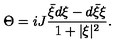
\Theta = i J \frac { { \bar { \xi } } d \xi - d { \bar { \xi } } \xi } { 1 + \vert \xi \vert ^ { 2 } } .